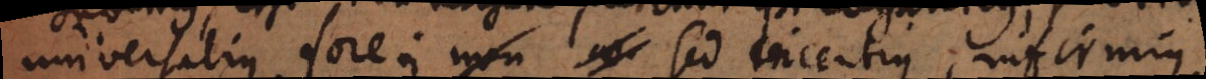
universalius fore; non sed incertius, infirmius